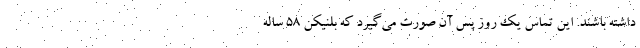
داشته باشند. این تماس یک روز پس آن صورت می‌گیرد که بلنیکن ۵۸ ساله